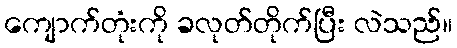
ကျောက်တုံးကို ခလုတ်တိုက်ပြီး လဲသည်။